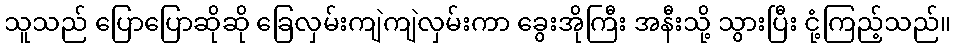
သူသည် ပြောပြောဆိုဆို ခြေလှမ်းကျဲကျဲလှမ်းကာ ခွေးအိုကြီး အနီးသို့ သွားပြီး ငုံ့ကြည့်သည်။